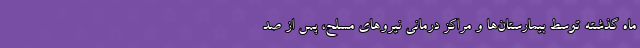
ماه گذشته توسط بیمارستان‌ها و مراکز درمانی نیروهای مسلح، پس از صد